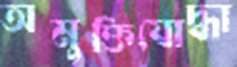
অমুক্তিযোদ্ধা